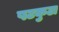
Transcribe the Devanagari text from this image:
षटकुटा